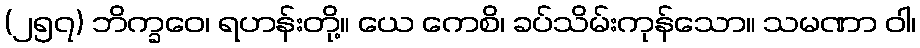
(၂၅၇) ဘိက္ခဝေ၊ ရဟန်းတို့။ ယေ ကေစိ၊ ခပ်သိမ်းကုန်သော။ သမဏာ ဝါ၊